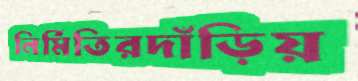
নির্মিতিরদাঁড়িয়